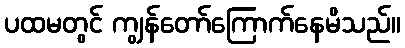
ပထမတွင် ကျွန်တော်ကြောက်နေမိသည်။